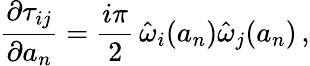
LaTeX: {\frac{\partial\tau_{ij}}{\partial a_{n}}}={\frac{i\pi}{2}}\, \hat{\omega}_{i}(a_{n})\hat{\omega}_{j}(a_{n})\, ,